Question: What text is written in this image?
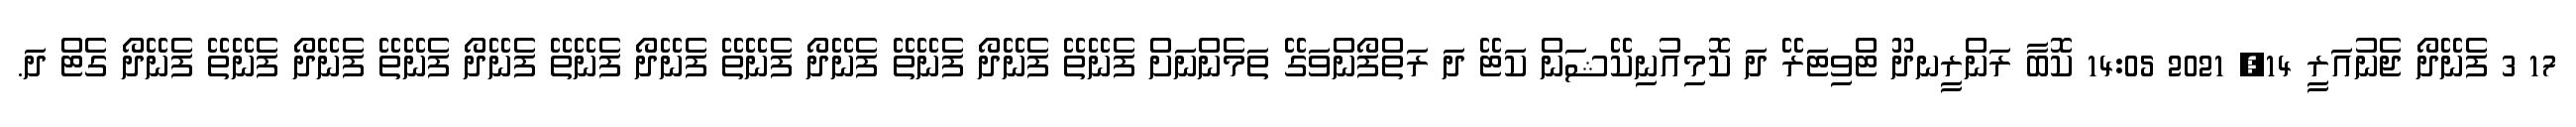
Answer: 17 3 ފެނޭދޯ ޖެނުއަރީ 14, 2021 14:05 ކޮބާ ރަންރީނދޫ ޓްވިޓަރޭ ދަ ކޮމިއުނިކޭޝަން ކަޓޭ ދަ ރަތްފޯންވަގޭ ތަމެންނަށް ފެނޭތޭ ފެނޭދޯ ފެނޭތޭ ފެނޭދޯ ފެނޭތޭ ފެނޭދޯ ފެނޭތޭ ފެނޭދޯ ފެނޭތޭ ފެނޭދޯ ފެނޭތޭ ފެނޭދޯ ގެޓް ދަ.